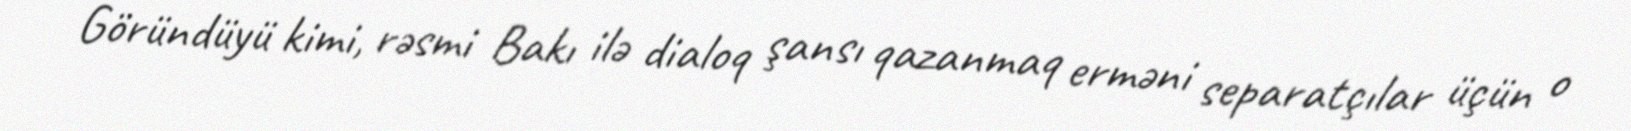
Göründüyü kimi, rəsmi Bakı ilə dialoq şansı qazanmaq erməni separatçılar üçün o